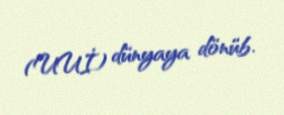
(UUİ) dünyaya dönüb.